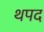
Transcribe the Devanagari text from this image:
थपद